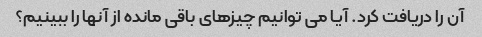
آن را دریافت کرد. آیا می توانیم چیزهای باقی مانده از آنها را ببینیم؟